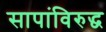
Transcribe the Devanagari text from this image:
सापांविरुद्ध